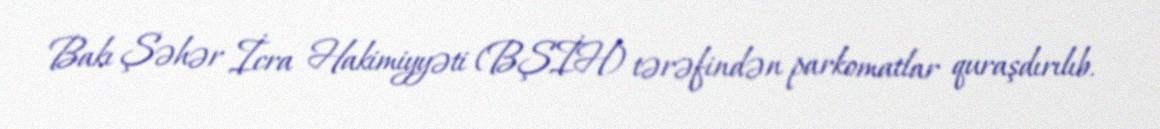
Bakı Şəhər İcra Hakimiyyəti (BŞİH) tərəfindən parkomatlar quraşdırılıb.